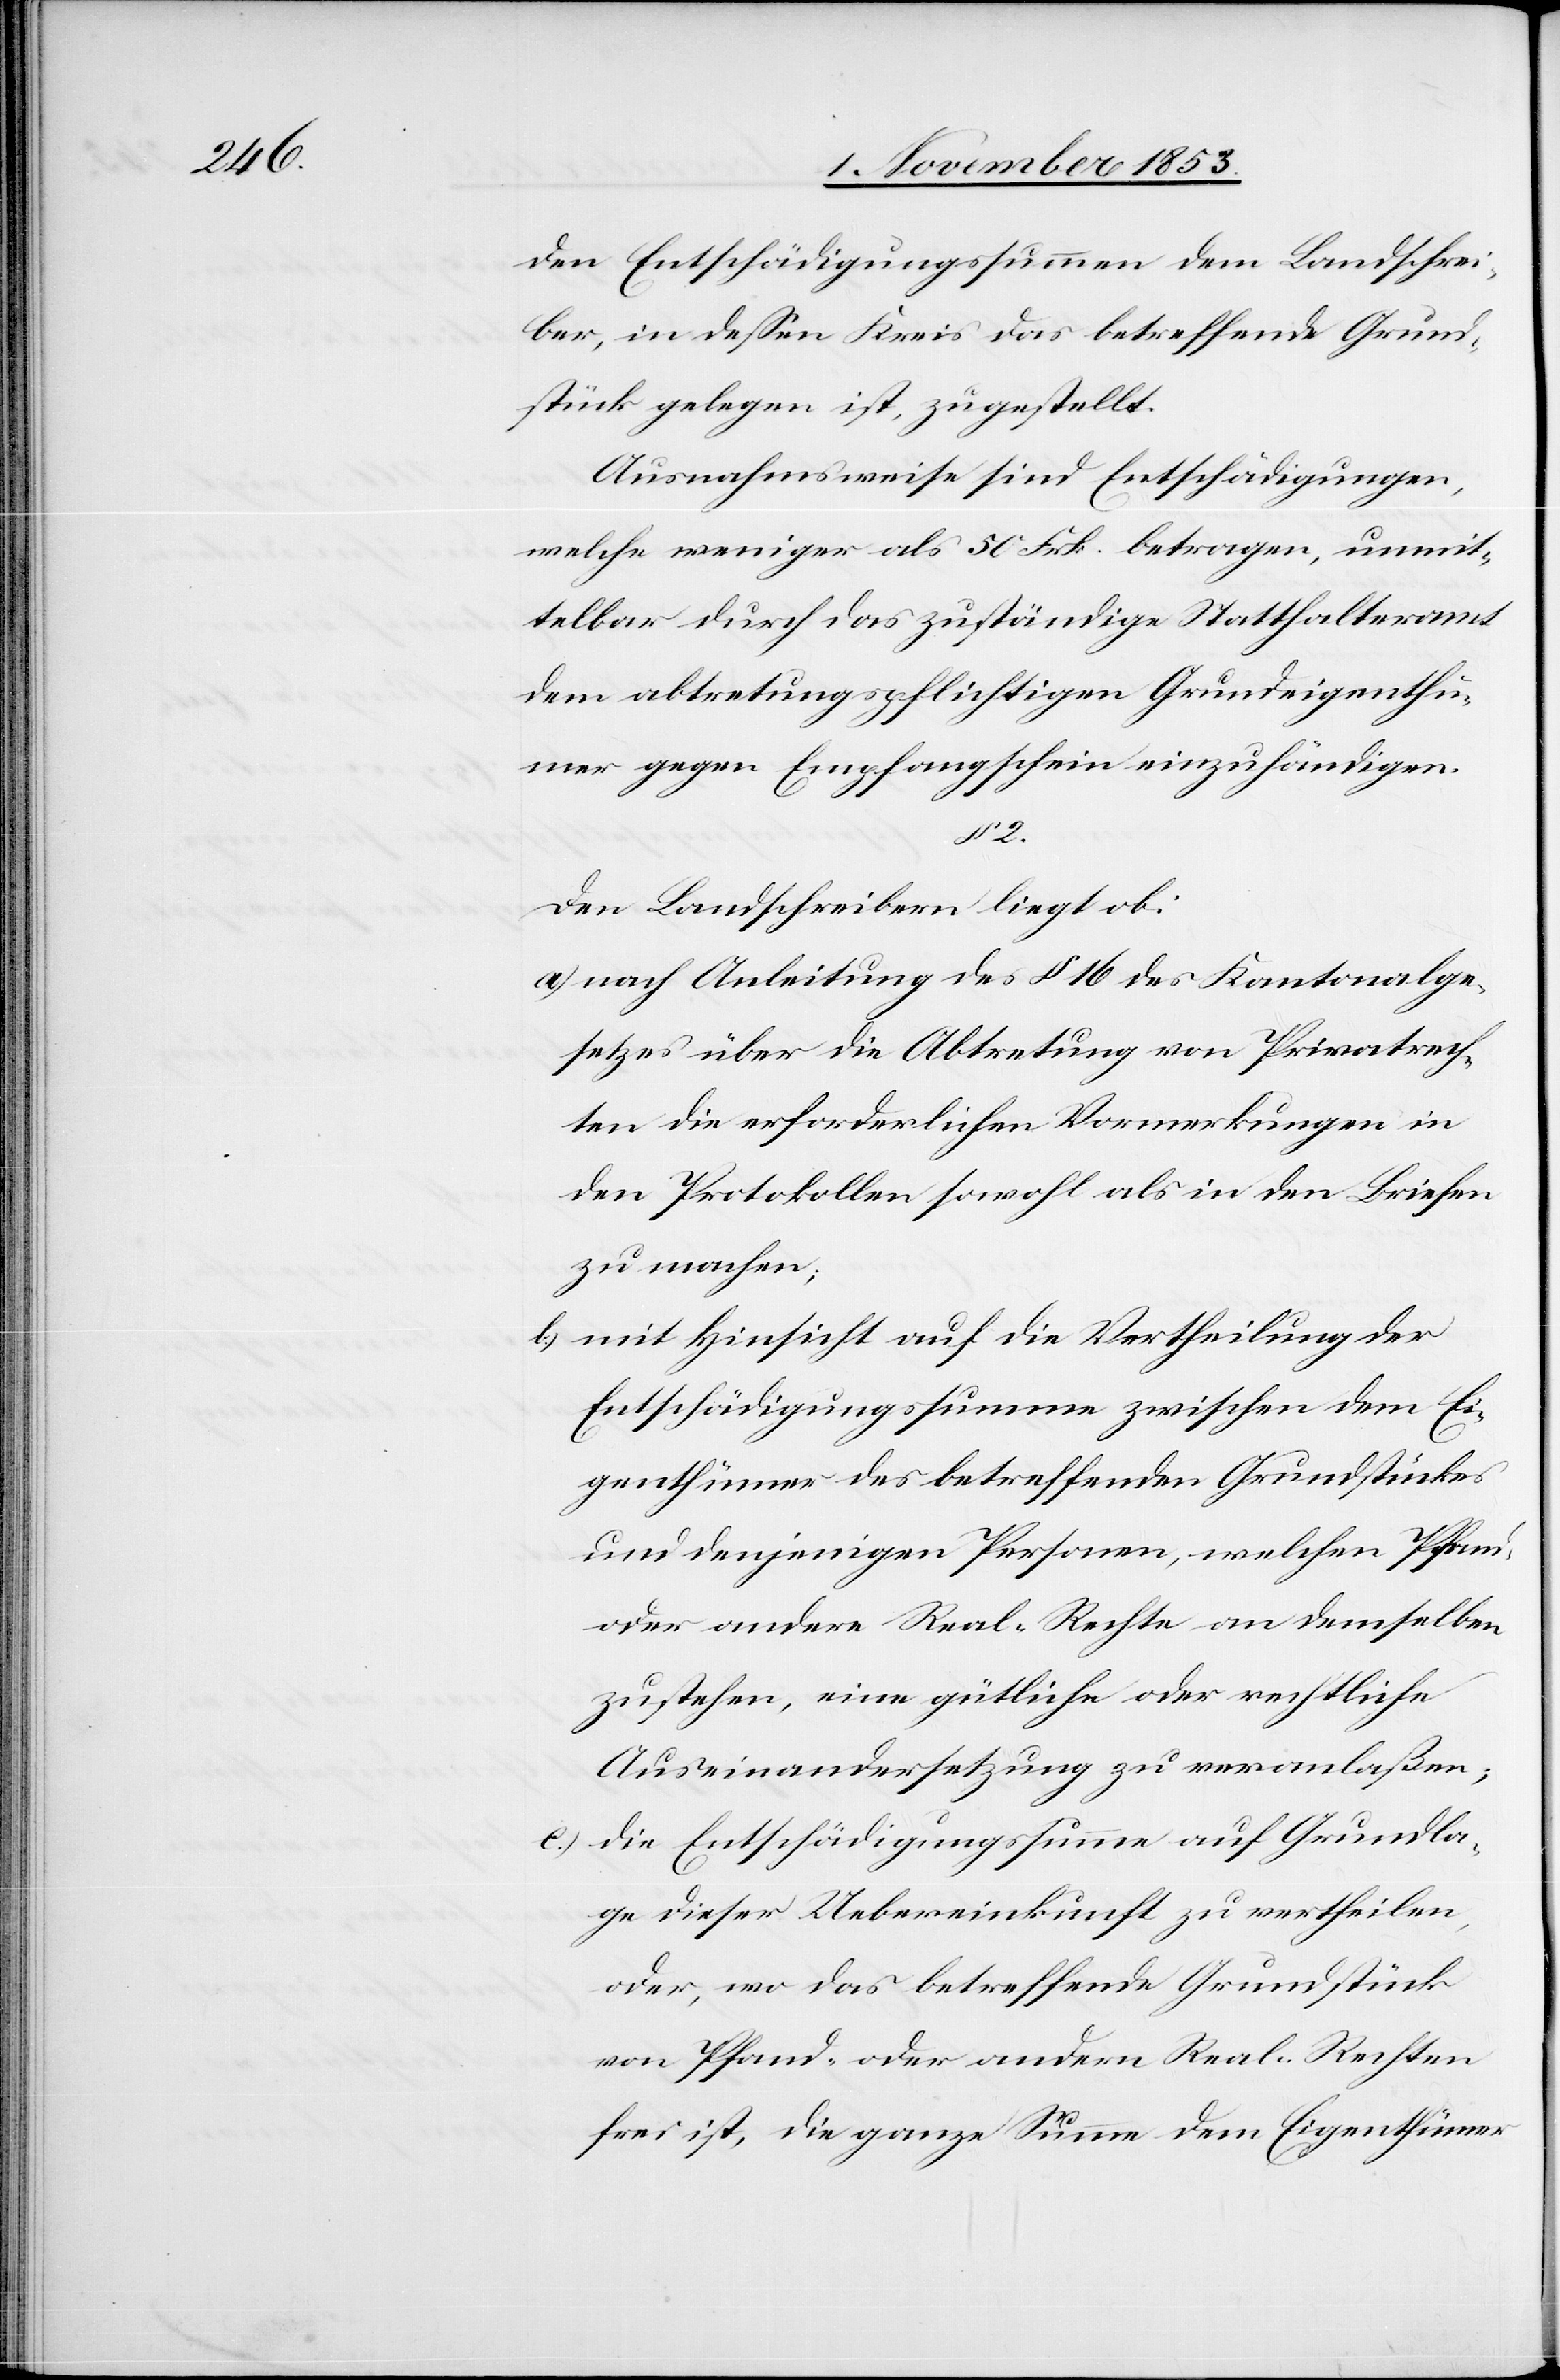
den Entschädigungssummen dem Landschrei¬
ber, in deßen Kreis das betreffende Grund¬
stück gelegen ist, zugestellt.
Ausnahmsweise sind Entschädigungen,
welche weniger als 50 Frk. betragen, unmit¬
telbar durch das zuständige Statthalteramt
dem abtretungspflichtigen Grundeigenthü¬
mer gegen Empfangsschein einzuhändigen.
2.
Den Landschreibern liegt ob:
a) nach Anleitung des § 16 des Kantonalge¬
setzes über die Abtretung von Privatrech¬
ten die erforderlichen Vormerkungen in
den Protokollen sowohl als in den Briefen
zu machen;
b) mit Hinsicht auf die Vertheilung der
Entschädigungssumme zwischen dem Ei¬
genthümer des betreffenden Grundstückes
und denjenigen Personen, welchen Pfand
oder andere Real-Rechte an demselben
zustehen, eine gütliche oder rechtliche
Auseinandersetzung zu veranlaßen;
c) die Entschädigungssumme auf Grundla¬
ge dieser Uebereinkunft zu ertheilen,
oder, wo das betreffende Grundstück
von Pfand oder andern Real-Rechten
frei ist, die ganze Summe dem Eigenthümer